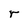
Character: r